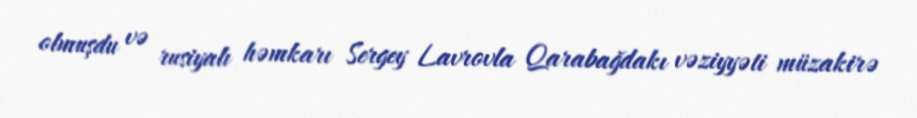
olmuşdu və rusiyalı həmkarı Sergey Lavrovla Qarabağdakı vəziyyəti müzakirə